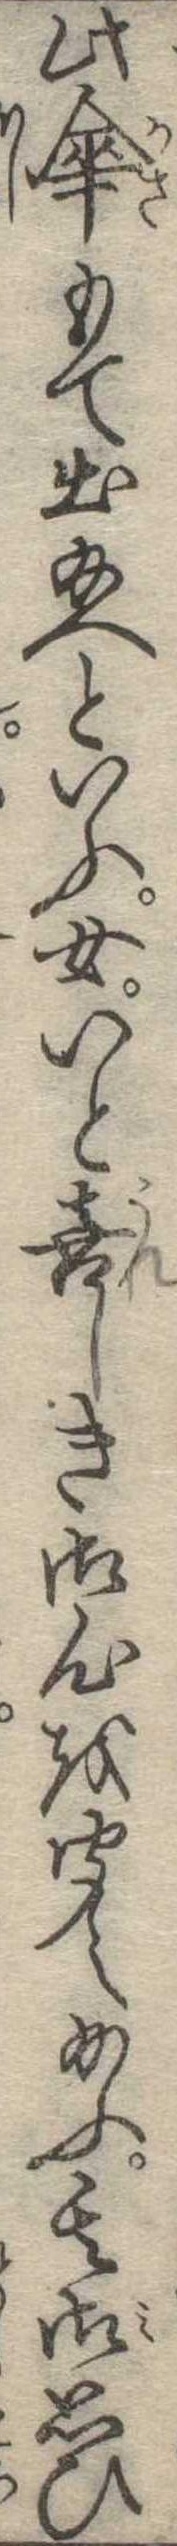
此傘もて出給へといふ女いと喜しき御心を聞え給ふ其御思ひ